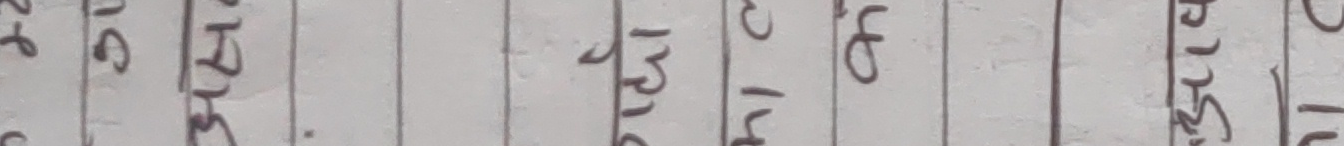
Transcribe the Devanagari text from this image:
३१ ०६ १३१८
२१४ १६